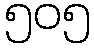
၅၀၅